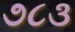
૭૮૩